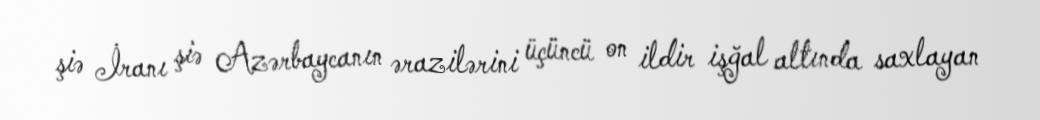
şiə İranı şiə Azərbaycanın ərazilərini üçüncü on ildir işğal altında saxlayan